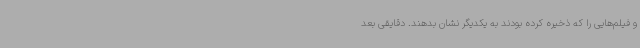
و فیلم‌هایی را که ذخیره کرده بودند به یکدیگر نشان بدهند. دقایقی بعد